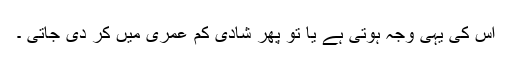
اس کی یہی وجہ ہوتی ہے یا تو پھر شادی کم عمری میں کر دی جاتی ۔